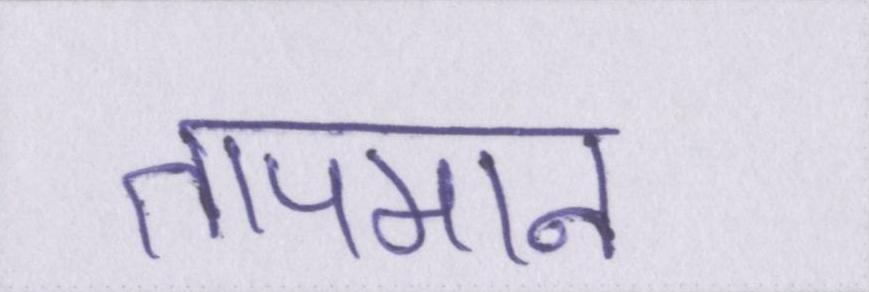
तापमान